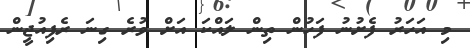
މި އަހަރު ފެށުނު ފަހުން ތިން ލައްކަ އަށް ވުރެ ގިނަ ރެފިއުޖީން